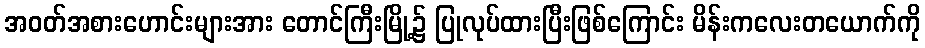
အဝတ်အစားဟောင်းများအား တောင်ကြီးမြို့၌ ပြုလုပ်ထားပြီးဖြစ်ကြောင်း မိန်းကလေးတယောက်ကို